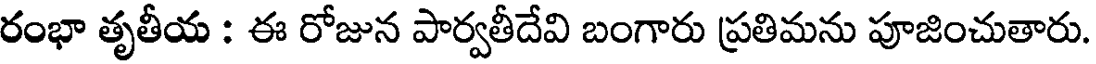
రంభా తృతీయ : ఈ రోజున పార్వతీదేవి బంగారు ప్రతిమను పూజించుతారు